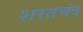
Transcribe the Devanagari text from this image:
शरतचंद